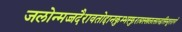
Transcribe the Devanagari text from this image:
जलोन्मज्जदैरावतोद्दानकुम्भस्फुरत्प्रस्खलत्सान्द्रसिन्दूररागे